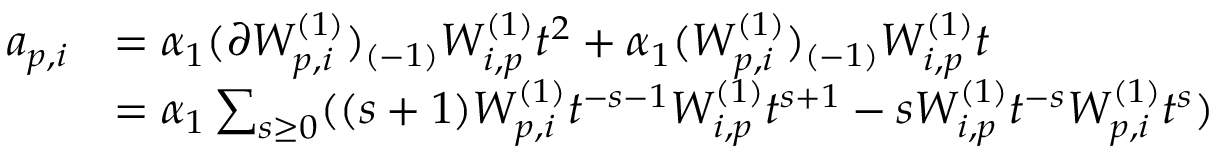
\begin{array} { r l } { a _ { p , i } } & { = \alpha _ { 1 } ( \partial W _ { p , i } ^ { ( 1 ) } ) _ { ( - 1 ) } W _ { i , p } ^ { ( 1 ) } t ^ { 2 } + \alpha _ { 1 } ( W _ { p , i } ^ { ( 1 ) } ) _ { ( - 1 ) } W _ { i , p } ^ { ( 1 ) } t } \\ & { = \alpha _ { 1 } \sum _ { s \geq 0 } ( ( s + 1 ) W _ { p , i } ^ { ( 1 ) } t ^ { - s - 1 } W _ { i , p } ^ { ( 1 ) } t ^ { s + 1 } - s W _ { i , p } ^ { ( 1 ) } t ^ { - s } W _ { p , i } ^ { ( 1 ) } t ^ { s } ) } \end{array}